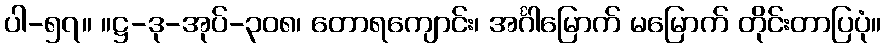
ပါ-၅၇။ ။ဋ္ဌ-ဒု-အုပ်-၃၀၈၊ တောရကျောင်း၊ အင်္ဂါမြောက် မမြောက် တိုင်းတာပြပုံ။